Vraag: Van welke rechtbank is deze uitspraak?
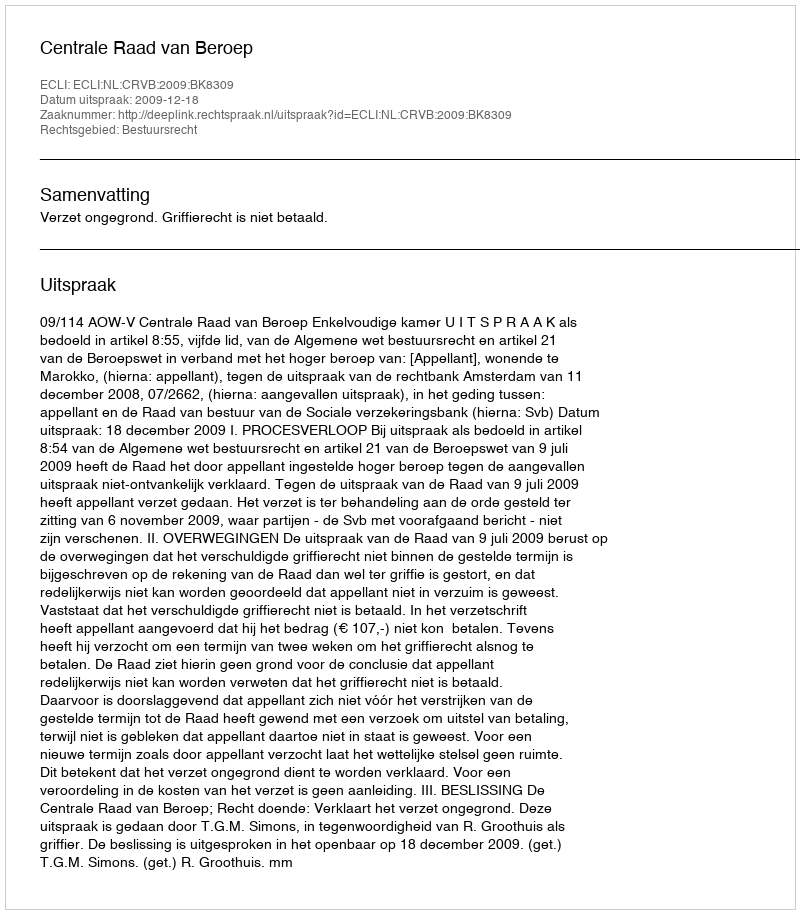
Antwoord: Centrale Raad van Beroep